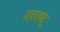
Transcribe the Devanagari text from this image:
महाराषट्र